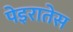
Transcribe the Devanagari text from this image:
पेइरातेस